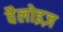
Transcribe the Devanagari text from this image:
वैलोइज़